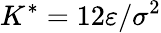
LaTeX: K^{*}=12\varepsilon/\sigma^{2}